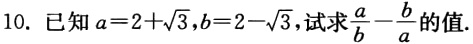
10. 已知\(a = 2 + \sqrt{3},b = 2 - \sqrt{3}\)，试求\(\frac{a}{b}-\frac{b}{a}\)的值.